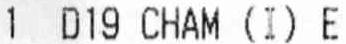
1 D19 CHAM (I) E